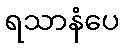
ရသာနံပေ